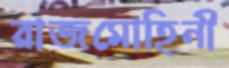
রাজমোহিনী